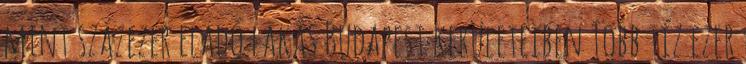
mint százezer eladó lakás Budapest kerületeiben Több tíz ezer